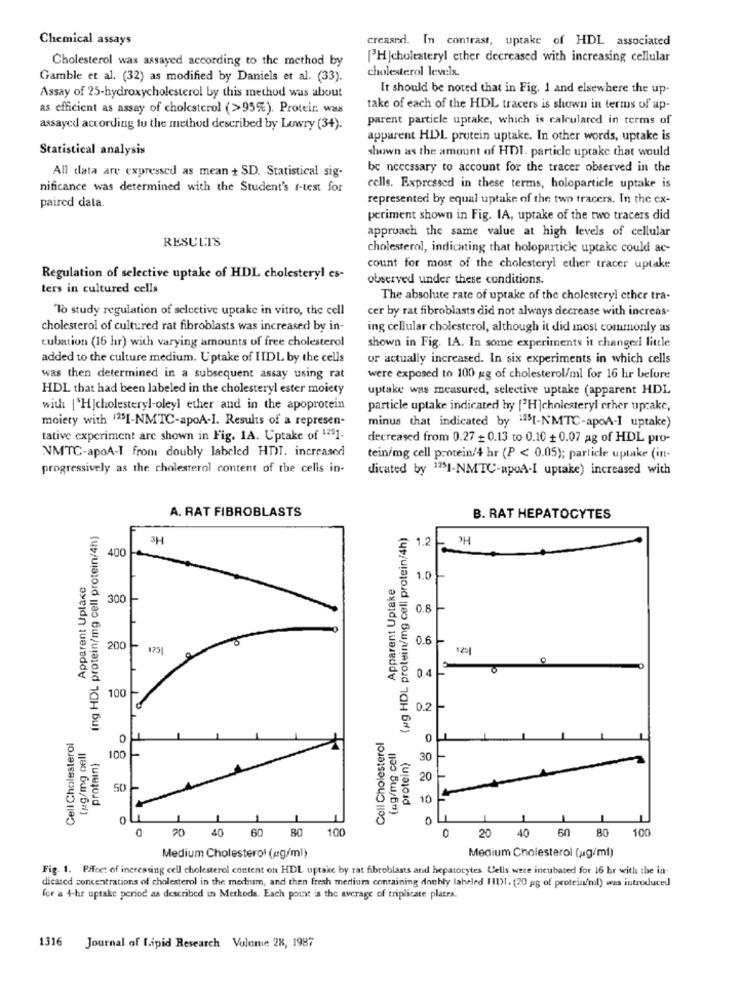
Chemical assays
creased. In contrast, uptake of HDL associated
Cholesterol was assayed according to the method by
["HJcholesteryl ether decreased with increasing cellular
cholesterol levels.
Gamble et al. (32) as modified by Daniels et al. (33).
It should be noted that in Fig. 1 and elsewhere the up-
Assay of 25-hydroxycholesterol by this method was about
as efficient as assay of cholesterol (>95%). Protein was
take of each of the HDL tracers is shown in terms of ap-
parent particle uptake, which is calculated in terms of
assayed according to the method described by Lowry (34).
apparent HDL protein uptake. In other words, uptake is
Statistical analysis
shown as the amount of HDI. particle uptake that would
All data are expressed as mean + SD. Statistical sig-
be necessary to account for the tracer observed in the
nificance was determined with the Student's f-test for
cells. Expressed in these terms, holoparticle uptake is
represented by equal uptake of the two tracers. In the cx-
paired data.
periment shown in Fig. IA, uptake of the two tracers did
approach the same value at high levels of cellular
RESULTS
cholesterol, indicating that holoparticle uptake could ac-
count for most of the cholesteryl ether tracer uptake
Regulation of selective uptake of HDL cholesteryl es-
observed under these conditions.
ters in cultured cella
The absolute rate of uptake of the cholesteryl ether tra-
"To study regulation of selective uptake in vitro, the cell
cer by rat fibroblasts did not always decrease with increas-
cholesterol of cultured rat fibroblasts was increased by in-
ing cellular cholesterol, although it did most commonly as
cubation (16 hr) with varying amounts of free cholesterol
shown in Fig. IA. In some experiments it changed little
added to the culture medium. Uptake of IIDL by the cells
or actually increased. In six experiments in which cells
was then determined in a subsequent assay using rat
were exposed to 100 gg of cholesterol/ml for 16 hr belure
HDL that had been labeled in the cholesteryl ester moiety
uptake was measured, selective uptake (apparent HDL
with [ H]cholesteryl-oleyl ether and in the apoprotein
particle uptake indicated by [3H |cholesteryl erher upcake,
moiety with 1251-NMTC-apoA-I. Results of a represen-
minus that indicated by :25[-N'MTC-apoA-I uptake)
tative experiment are shown in Fig. 1A. Uptake of 1251-
decreased from 0.27 - 0.13 to 0.10 + 0.07 ag of HDL pro-
VMTC-apoA-I from doubly labeled HDT. increased
tein/mg cell protein/4 hr (P < 0.05); particle uptake (in-
progressively as the cholesterol content of the cells in-
dicated by 1251-NMTC-apoA-I uptake) increased with
A. RAT FIBROBLASTS
(ng HDL protein/mg cell protein/4h)
B. RAT HEPATOCYTES
(ag HDL protein/mg cell protein/4h)
Hc
3H
1.2
400
Apparent Uplace
Apparent Uptake
1.0
300
0.8
0.6
200
125
O
0.4
100 -
0.2
Cell Cholesterol
0
Coll Cholesterol
0
tug/mg cell
(ag/mg cell
protein}
100
protein)
30
20
50
10
0
20 40
60
80
100
0
60 80
100
20 40
Medium Cholesterol (ug/ml)
Medium Cholesterol (pg/ml)
Fig. 1. Pffcc: of inercasing cell cholesterol content on HDL uptake by rat fibroblasts and hepatocytes. Cells were incubated for 16 hr with the in-
dicated concentrations of cholesterol in the medium, and then fresh medium conraining donhly labeled HUI. (20 gg of protein/mal) was introduced
for a 4-hr uptake period as described in Methods. Each point is the average of triplicate plates.
1316 Journal of Lipid Research Volume 28, 1987